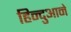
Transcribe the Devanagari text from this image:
हिन्दुआने